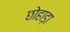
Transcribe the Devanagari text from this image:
छोहाड़ा